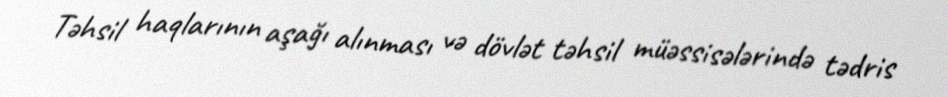
Təhsil haqlarının aşağı alınması və dövlət təhsil müəssisələrində tədris